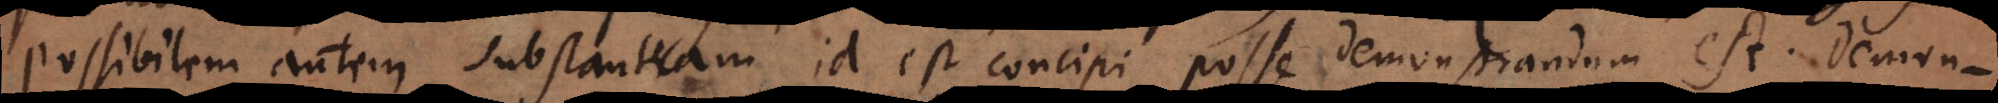
possibilem autem substantiam id est concipi posse demonstrandum est. Demon